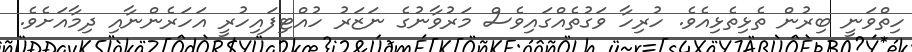
ހިތްވަނީ ބިރުން ތެޅިތެޅިއެވެ. ހުރިހާ ވަގުތެއްގައިވެސް މަރުވާނުގެ ނަޒަރު ހުއްޓިފައިހުރީ އަހަރެންނާއި ދިމާއަށެވެ.